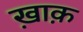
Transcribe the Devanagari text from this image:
ख़ाक़